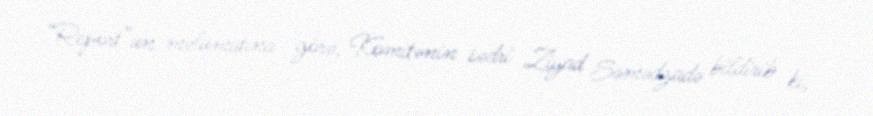
“Report”un məlumatına görə, Komitənin sədri Ziyad Səmədzadə bildirib ki,